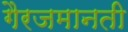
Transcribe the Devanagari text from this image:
गैरजमानती